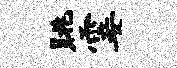
眺霎